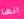
انها